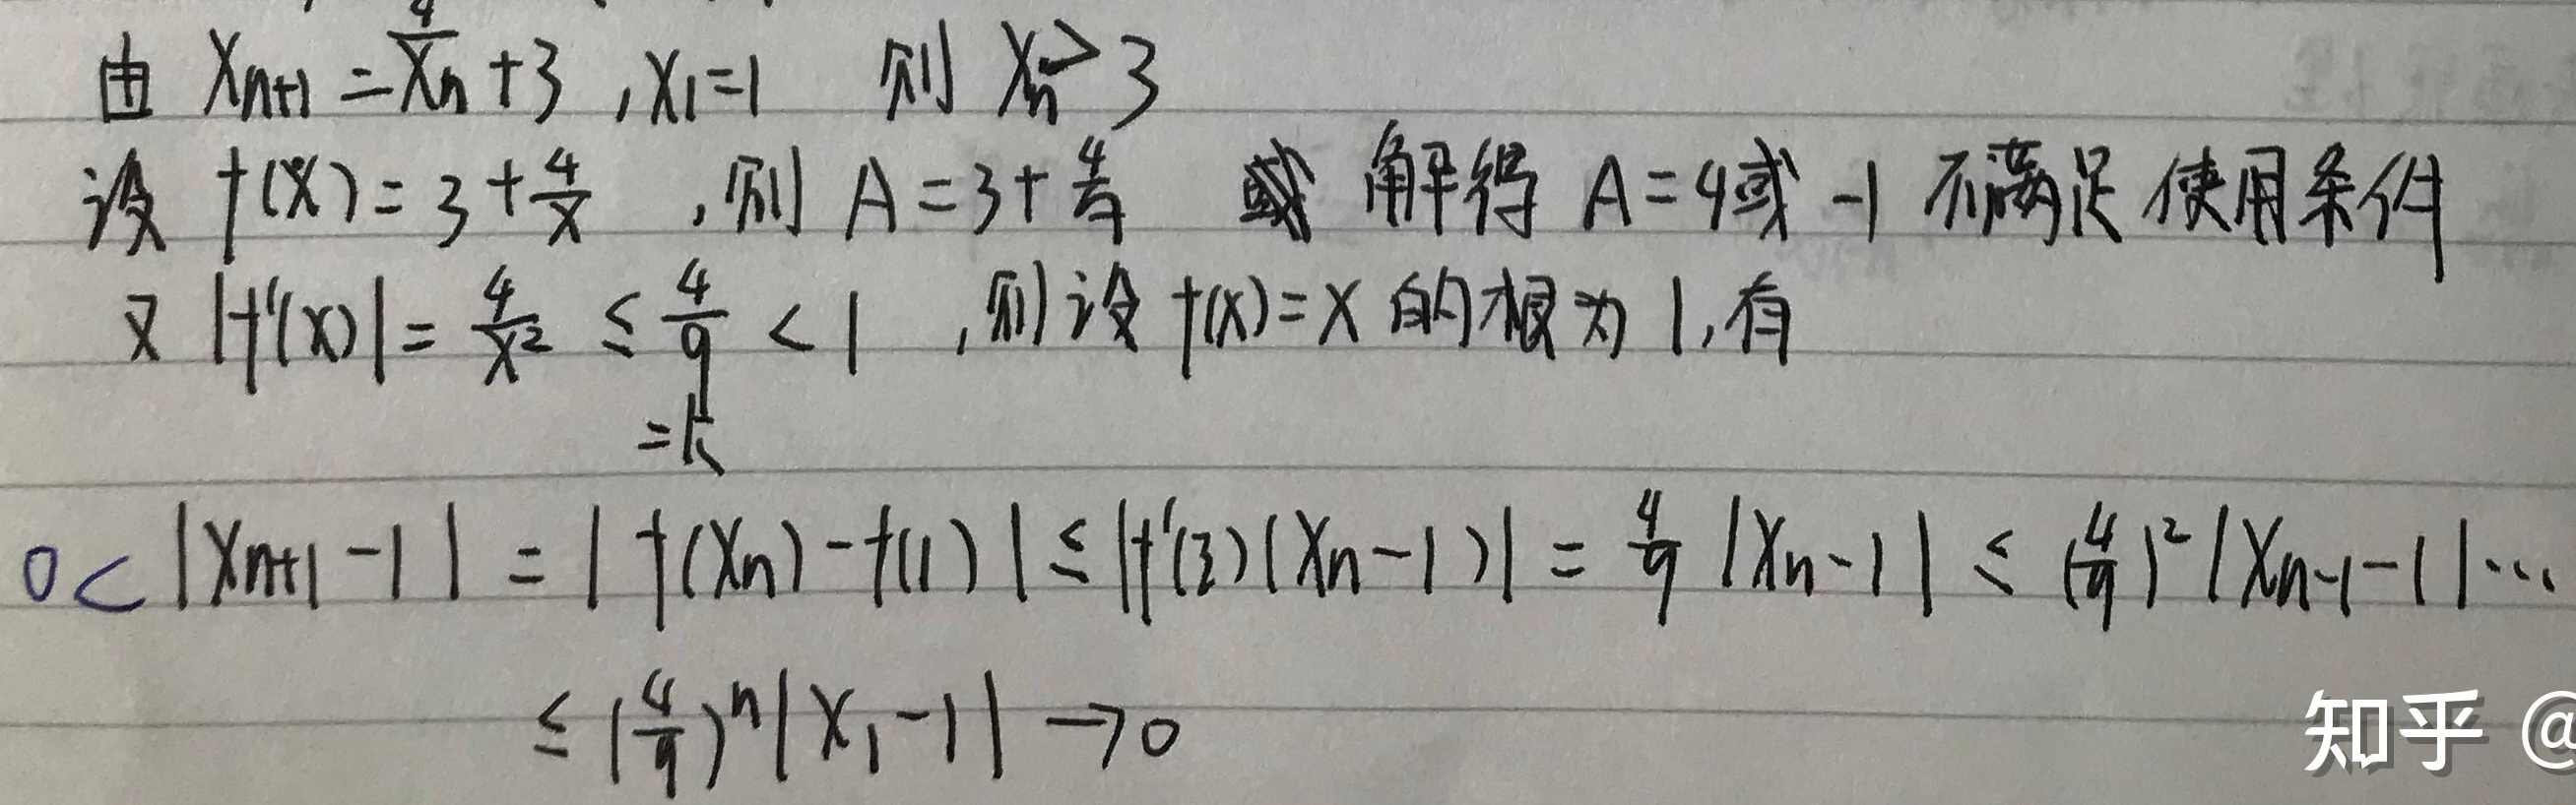
由\(x_{n + 1}=\frac{4}{x_n}+3\)，\(x_1 = 1\)，则\(x_n>3\)。设\(f(x)=3+\frac{4}{x}\)，则\(A = 3+\frac{4}{A}\)，解得\(A = 4\)或\(- 1\)。不满足使用条件，又\(\vert f'(x)\vert=\frac{4}{x^2}\leq\frac{4}{9}<1\)。则设\(f(x)=x\)的根为\(1\)，有\(=k\)（此处“有\(=k\)”表述似乎有误，推测是原内容有误，但按要求不做修改）\(0<\vert x_{n + 1}-1\vert=\vert f(x_n)-f(1)\vert\leq\vert f'(\xi)(x_n - 1)\vert=\frac{4}{9}\vert x_n - 1\vert\leq(\frac{4}{9})^2\vert x_{n - 1}-1\vert\cdots\leq(\frac{4}{9})^n\vert x_1 - 1\vert\to0\)